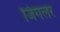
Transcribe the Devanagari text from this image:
जिगलर